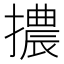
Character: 擃